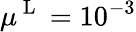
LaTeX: \mu^{\mathrm{~L~}}=10^{-3}